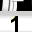
Digit: 1